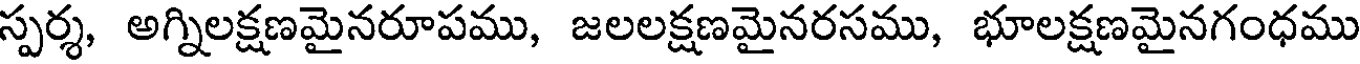
స్పర్శ, అగ్నిలక్షణమైనరూపము, జలలక్షణమైనరసము, భూలక్షణమైనగంధము